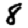
Digit: 8